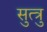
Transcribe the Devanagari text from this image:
सुत्त्रु